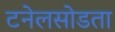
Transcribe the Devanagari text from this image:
टनेलसोडता